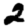
Digit: 2